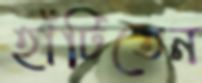
হাঁটিতেন